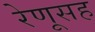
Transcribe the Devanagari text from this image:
रेणूसह